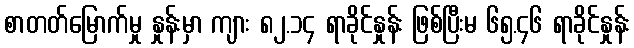
စာတတ်မြောက်မှု နှုန်းမှာ ကျား ၈၂.၁၄ ရာခိုင်နှုန်း ဖြစ်ပြီးမ ၆၅.၄၆ ရာခိုင်နှုန်း